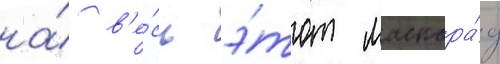
на́ в'е́сь э́тот маскара́д